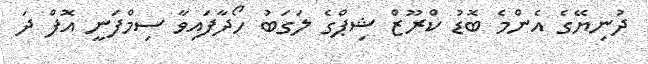
ދުނިޔޭގެ އެންމެ ބޮޑު ކްރޫޒް ޝިޕްގެ ލަގަބު ހޯދާފައިވާ ސިމްފަނީ އޮފް ދަ